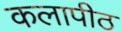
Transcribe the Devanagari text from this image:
कलापीठ